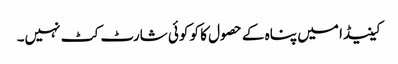
کینیڈا میں پناہ کے حصول کا کو کوئی شارٹ کٹ نہیں۔